Civil Veterinary Department Bengal reports 1923-33 - 1923-1933
Year: 1923
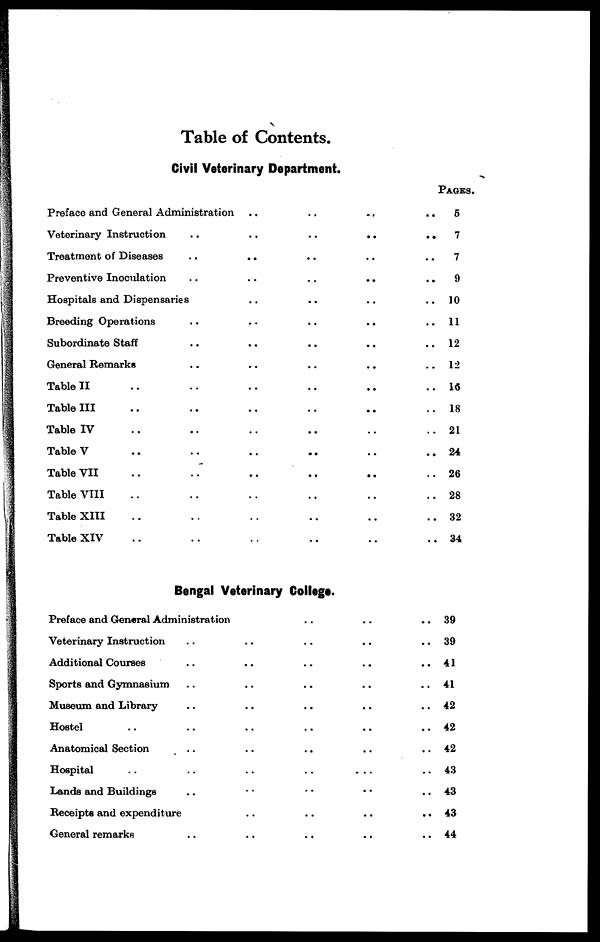
Table of Contents.
Civil Veterinary Department.
Preface and General Administration .. .. .. .. ..
Veterinary Instruction
..
..
..
..
..
Treatment of Diseases
..
.. .. .. .. ..
Preventive Inoculation .. .. .. .. ..
Hospitals and Dispensaries .. .. .. .. ..
Breeding Operations .. .. .. .. ..
Subordinate Staff .. .. .. .. ..
General Remarks .. .. .. .. ..
Table II .. .. .. .. ..
Table III .. .. .. .. ..
Table IV .. .. .. .. ..
Table V .. .. .. .. .. .. ..
Table VII .. .. .. .. ..
Table VIII .. .. .. .. .. .. .. ..
Table XIII .. .. .. .. ..
Table XIV .. .. .. .. ..
PAGES.
5
7
7
9
10
11
12
12
16
18
21
24
26
28
32
34
Bengal Veterinary College.
Preface and General Administration
Veterinary Instruction
Additional Courses
Sports and Gymnasium
Museum and Library
Hostel
Anatomical Section
Hospital
..
..
..
..
..
Lands and Buildings
Receipts and expenditure
General remarks
39
39
41
41
42
42
42
43
43
43
44